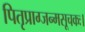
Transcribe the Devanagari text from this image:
पितृप्राग्जन्मसूचकः।